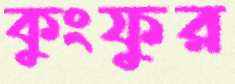
কুংফুর